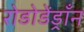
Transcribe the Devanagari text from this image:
रोडोडेंड्राँन